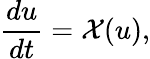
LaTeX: \frac{du}{dt}=\mathcal{X}(u),